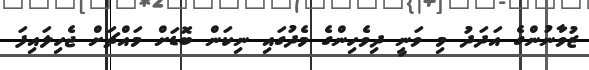
ޒުވާނުންގެ އަދަދު މި ވަނީ ދިވެހިންގެ މެދުގައި ނިކަން ބޮޑަށް މައްޗަށް ޖެހިލައިފަ